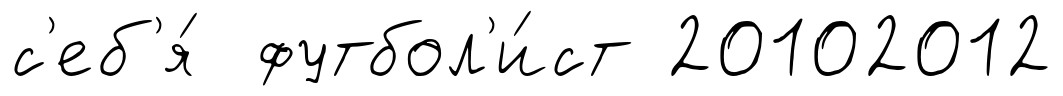
с'еб'я́ футбол'и́ст 20102012